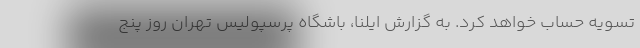
تسویه حساب خواهد کرد. به گزارش ایلنا، باشگاه پرسپولیس تهران روز پنج